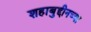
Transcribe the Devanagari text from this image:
शहाबुद्दीनच्या